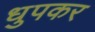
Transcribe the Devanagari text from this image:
धुपकर